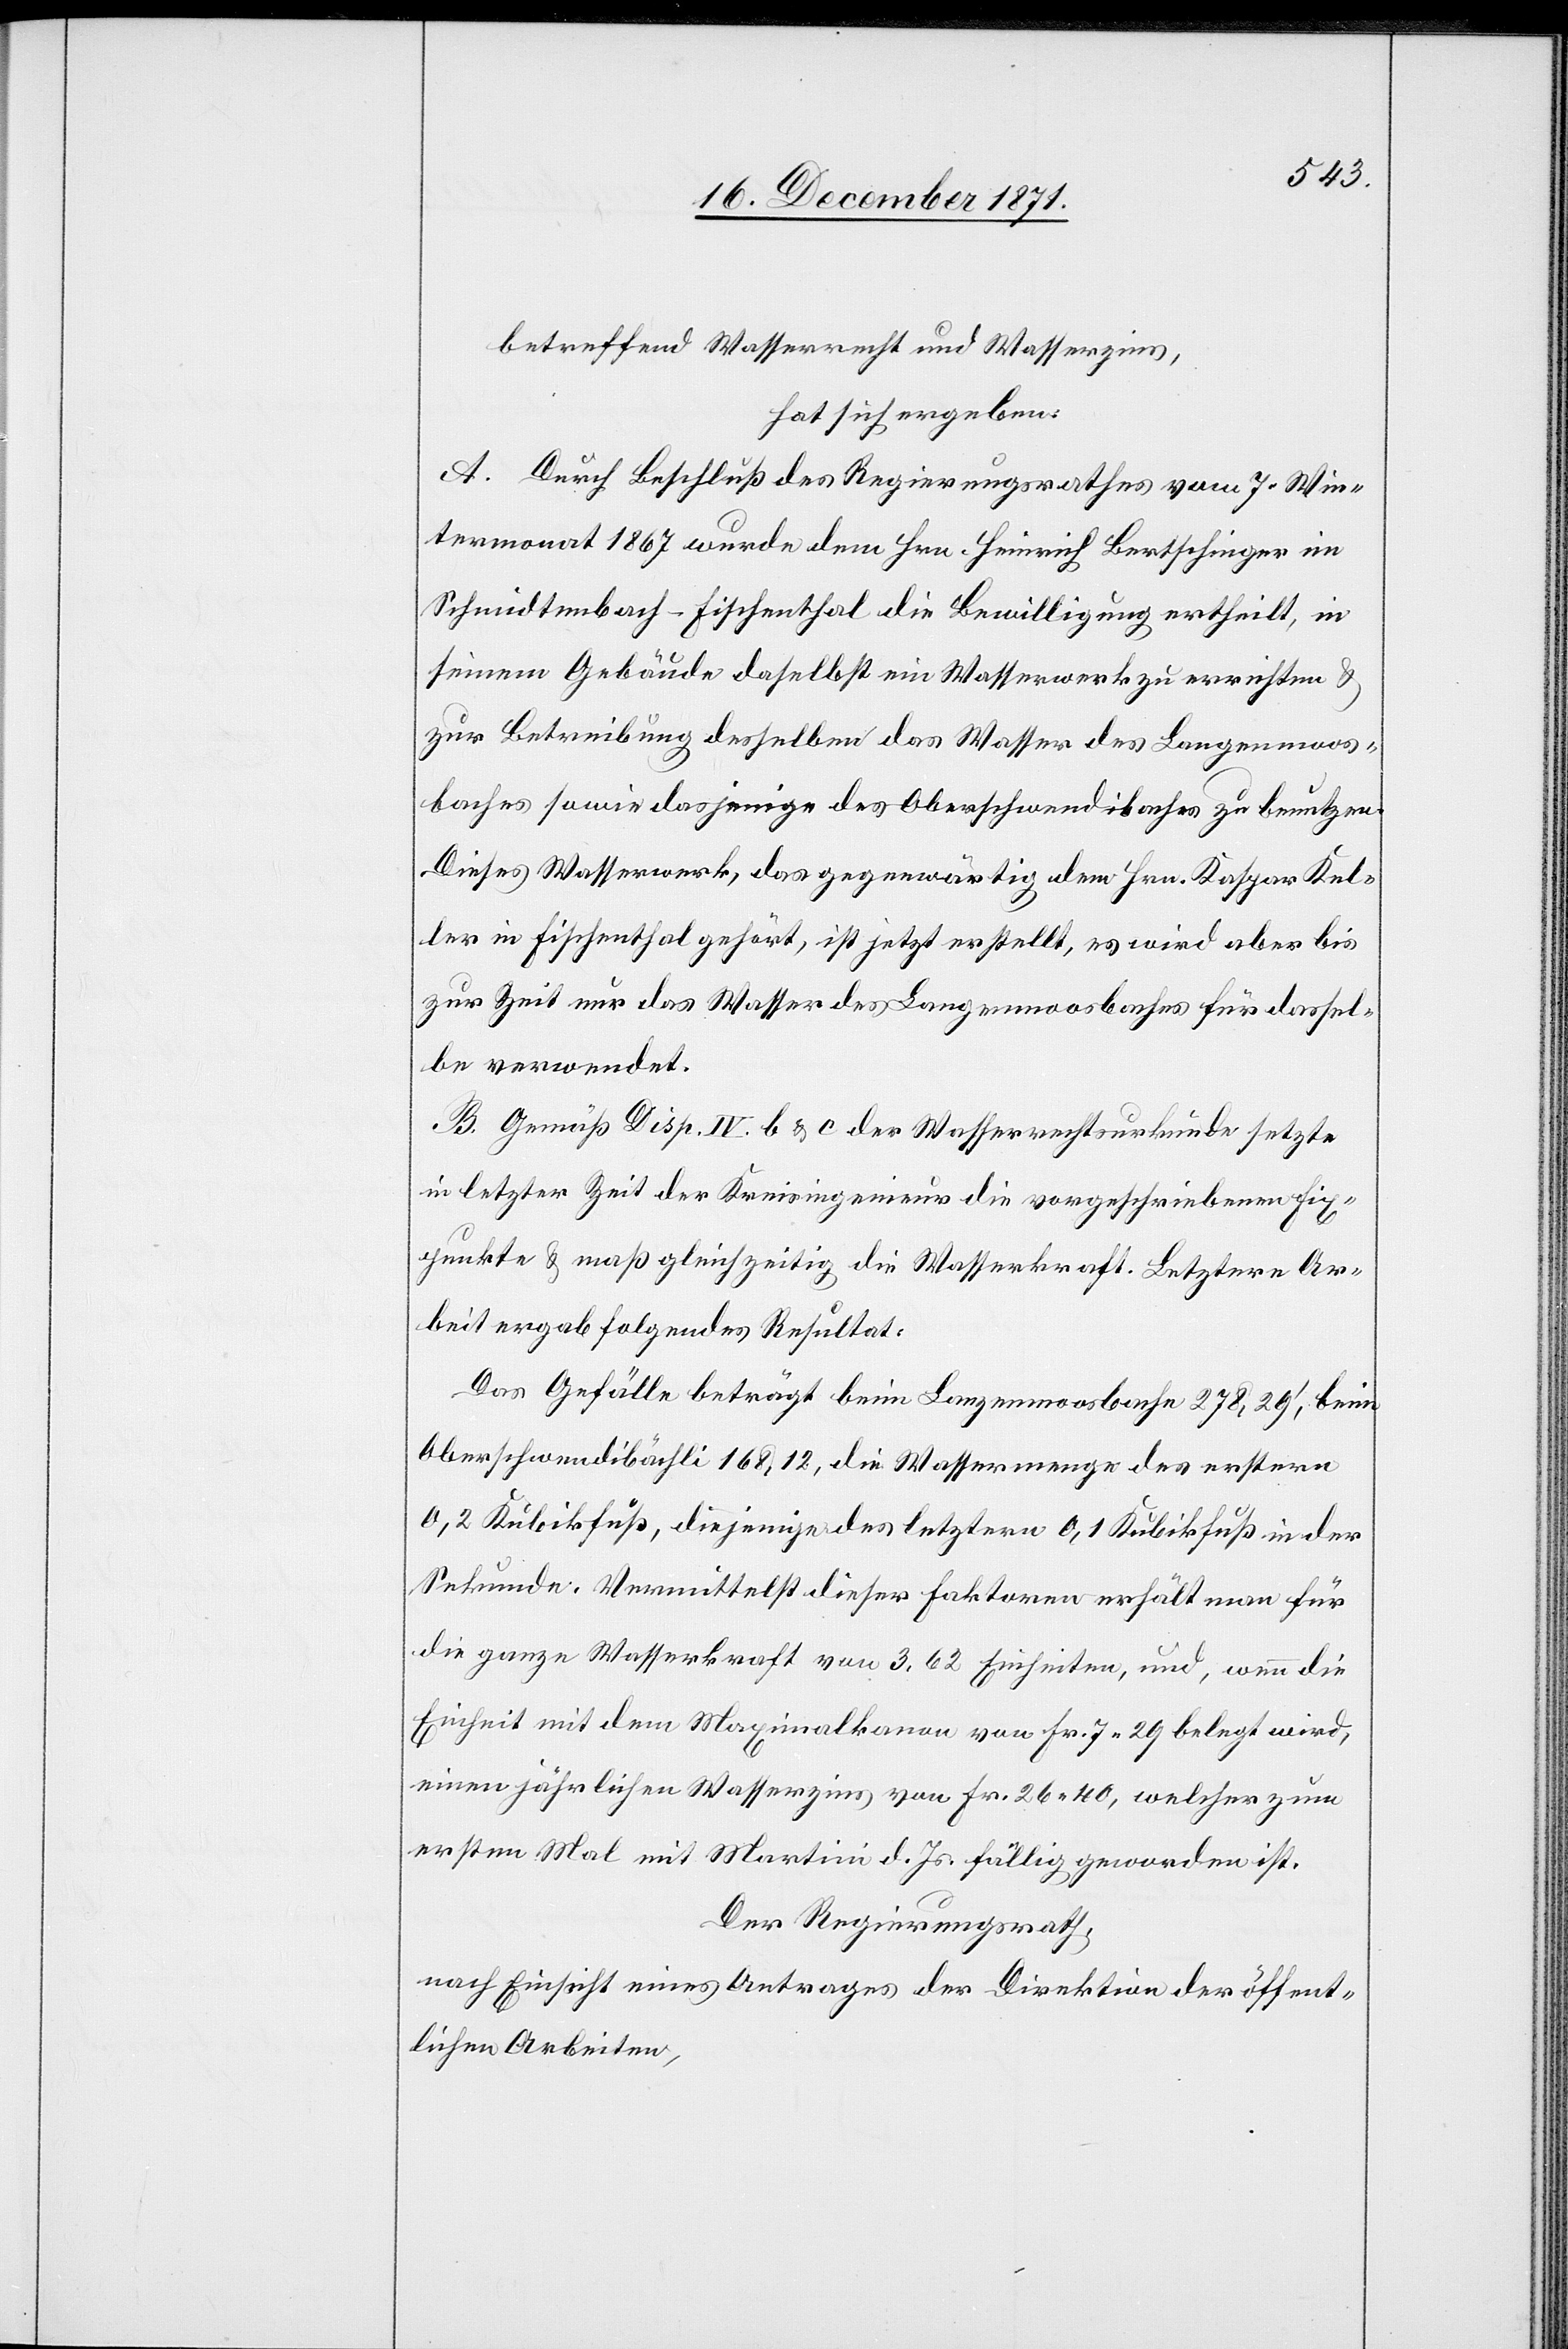
betreffend Wasserrecht und Wasserzins,
hat sich ergeben:
A. Durch Beschluß des Regierungsrathes vom 7. Win¬
termonat 1867 wurde dem Hrn. Heinrich Bertschinger im
Schmidtenbach-Fischenthal die Bewilligung ertheilt, in
seinem Gebäude daselbst ein Wasserwerk zu errichten &
zur Betreibung desselben das Wasser des Langenmoos¬
baches sowie dasjenige des Oberschwendibaches zu benutzen.
Dieses Wasserwerk, das gegenwärtig dem Hrn. Kaspar Kel¬
ler in Fischenthal gehört, ist jetzt erstellt, es wird aber bis
zur Zeit nur das Wasser des Langenmoosbaches für dassel¬
be verwendet.
B. Gemäß Disp. IV b & c der Wasserrechtsurkunde setzte
in letzter Zeit der Kreisingenieur die vorgeschriebenen Fix¬
punkte & maß gleichzeitig die Wasserkraft. Letztere Ar¬
beit ergab folgendes Resultat:
Das Gefälle beträgt beim Langemoosbache 278,29’, beim
Oberschwendibächli 168,12, die Wassermenge des erstern
0,2 Kubikfuß, diejenige des letztern 0,1 Kubikfuß in der
Sekunde. Vermittelst dieser Faktoren erhält man für
die ganze Wasserkraft von 3,62 Einheiten, und, wenn die
Einheit mit dem Maximalkanon von Fr. 7,29 belegt wird,
einem jährlichen Wasserzins von Fr. 26.40, welcher zum
ersten Mal mit Martini d. Js. fällig geworden ist.
Der Regierungsrath,
nach Einsicht eines Antrages der Direktion der öffent¬
lichen Arbeiten,